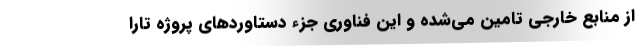
از منابع خارجی تامین می‌‌شده و این فناوری جزء دستاوردهای پروژه تارا